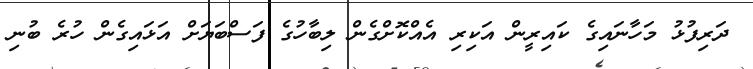
ދަރިފުޅު މަހާނައިގެ ކައިރީން އަކިރި އެއްކޮށްގެން ލިބާހުގެ ފަސްބަޔަށް އަޅައިގެން ހުރެ ބުނި